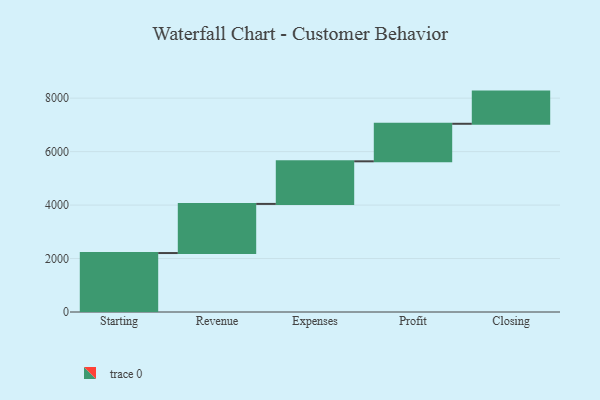
{"axis": {"x": "Step", "y": "Value"}, "legend": [""], "data": [{"x": "Starting", "y": 2206.0, "type": ""}, {"x": "Revenue", "y": 1838.0, "type": ""}, {"x": "Expenses", "y": 1594.0, "type": ""}, {"x": "Profit", "y": 1404.0, "type": ""}, {"x": "Closing", "y": 1204.0, "type": ""}]}